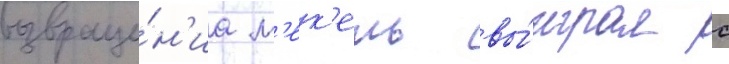
возвраще́н'иа м'ек'ель вы́играл с